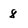
Character: 8